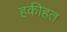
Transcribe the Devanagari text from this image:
हकीहत